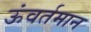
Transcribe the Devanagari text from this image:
ऊंवर्तमान